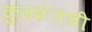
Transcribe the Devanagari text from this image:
कुमशेतची